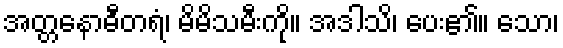
အတ္တနောဓီတရံ၊ မိမိသမီးကို။ အဒါသိ၊ ပေး၏။ သော၊